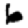
Digit: 6